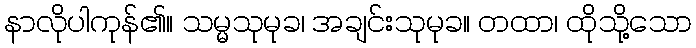
နာလိုပါကုန်၏။ သမ္မသုမုခ၊ အချင်းသုမုခ။ တထာ၊ ထိုသို့သော